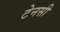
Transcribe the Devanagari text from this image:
टेनसी